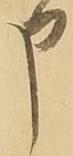
申